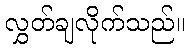
လွှတ်ချလိုက်သည်။